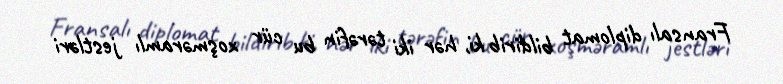
Fransalı diplomat bildirib ki, hər iki tərəfin bu cür xoşməramlı jestləri